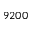
9 2 0 0